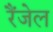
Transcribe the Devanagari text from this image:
रैंजेल